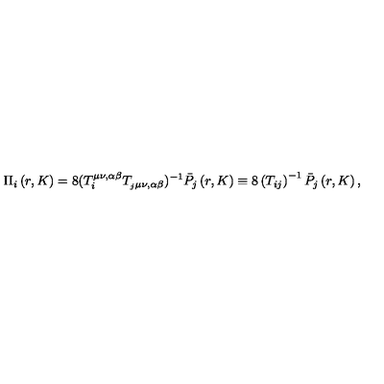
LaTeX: \Pi _ { i } \left( r , K \right) = 8 ( T _ { i } ^ { \mu \nu , \alpha \beta } T _ { _ j \mu \nu , \alpha \beta } ) ^ { - 1 } \bar { P } _ { j } \left( r , K \right) \equiv 8 \left( T _ { i j } \right) ^ { - 1 } \bar { P } _ { j } \left( r , K \right) ,